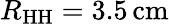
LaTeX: R_{\mathrm{HH}}=3.5\, \mathrm{{cm}}